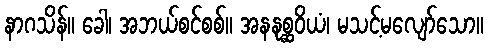
နာဂသိန်။ ခေါ၊ အဘယ်စင်စစ်။ အနနုစ္ဆဝိယံ၊ မသင့်မလျော်သော။